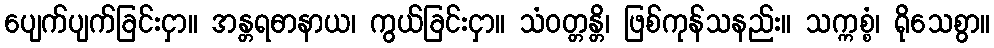
ပျေက်ပျက်ခြင်းငှာ။ အန္တရဓာနာယ၊ ကွယ်ခြင်းငှာ။ သံဝတ္တန္တိ၊ ဖြစ်ကုန်သနည်း။ သက္ကစ္စံ၊ ရိုသေစွာ။